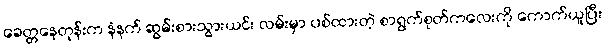
ခေတ္တနေတုန်းက နံနက် ဆွမ်းစားသွားယင်း လမ်းမှာ ပစ်ထားတဲ့ စာရွက်စုတ်ကလေးကို ကောက်ယူပြီး